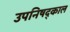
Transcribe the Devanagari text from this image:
उपनिषद्काल